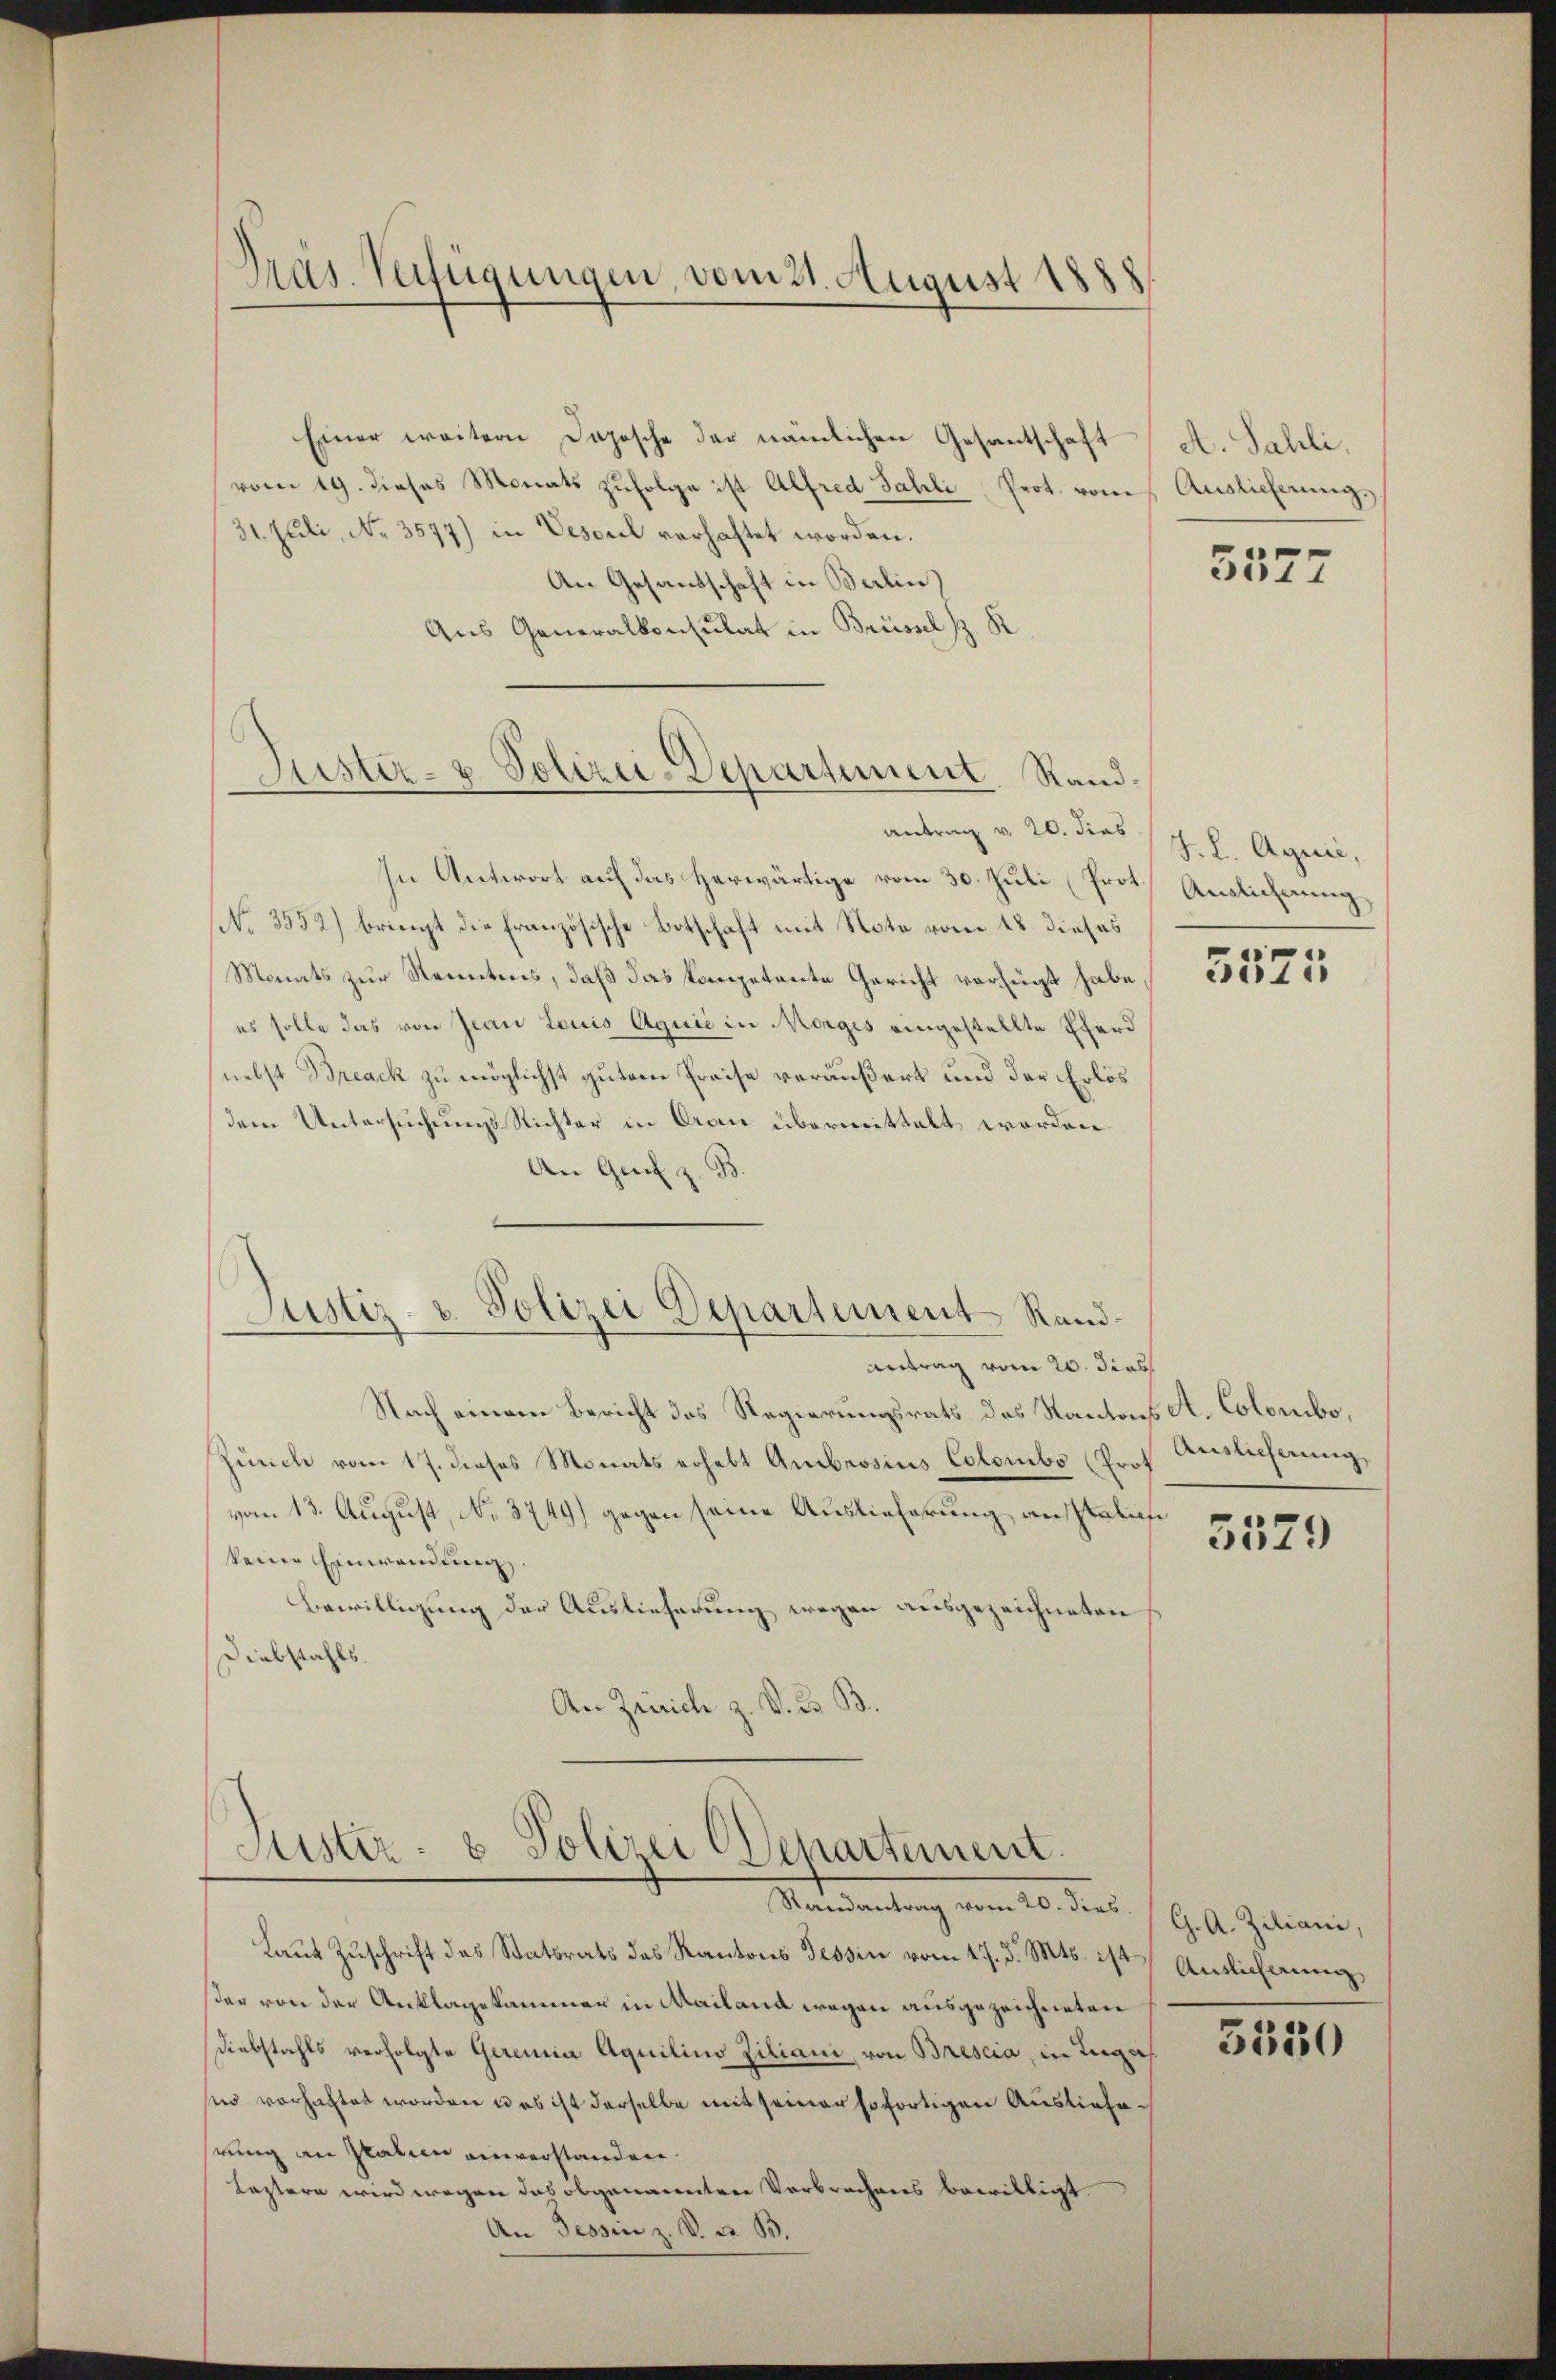
Dras. Verfügungen, vom 21. August 1888

Einer weitern Deposche der nämlichen Gesantschaft
(vom 19. dieses Monats zŭfolge ist Alfred Fahli Prot. von
31. Juli, No. 3577) in Vescul verhaftet worden.
An Gesandschaft in Berlin
Aus Generalkonsulat in Brüssel s. K

antrag v. 20. dies J. L. Agrić,
In Antwort auf das herwärtige vom 30. Juli (Prot. Auslicherung,
No. 3552) bringt die französische Botschaft mit Note vom 18. dieses
Monats zur Kenntens, daß das kompetente Gericht verfügt habe
es solle das von Jean Louis Aquić in Morges eingestellte Eferd
nebst Breack zu möglichst gutem Preise veräußert und der Erlös
dem Untersuchungs Richter in Orau übermittelt worden
An Genf z. B.
Justiz- u. Polizei Departement Rand¬

Nach einem Bericht des Regierungsrats des Kantons A. Colombo,
Zürich vom 17. dieses Monats erhebt Ambrosius Colombo (Prot
vom 13. August, No 3749) gegen seine Auslieferung ausstatisi
keine Einwendung
Bewilligung der Auslieferung wegen ausgezeichneten
Diebstahls.
An Zürich z. V. D. B.

Jüster- u. Polizei-Departement. Rand.

Antrag vom 20. dies

Fister- u Polizei Departement
Randantrag vom 20. dies

Laut Zuschrift des Statsrats des Kantons Tessin vom 17. d. Mts. ist Auslicherung,
ster von der Anklagekammer in Mailand wegen ausgezeichneten
Diebstahls verfolgte Geremia Aquilino Ziliani, von Brescia, in Luga
si vorhaftet worden u es ist derselbe mit seiner sofortigen Auslieferung an Italien einverstanden.
Leztern wird wegen das obgenannten Verbrechens bewilligt
An Tessin z. V. B. B.

A. Sahli,
Auslicherung,

5577

5525

Auslicherung,

5579

G. A. Ziliani,

5530